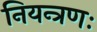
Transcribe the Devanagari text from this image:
नियन्त्रणः